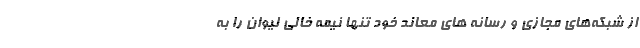
از شبکه‌های مجازی و رسانه های معاند خود تنها نیمه خالی لیوان را به